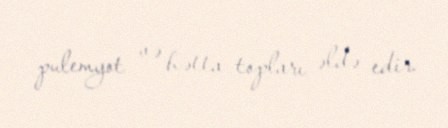
pulemyot və hətta topları əldə edir.